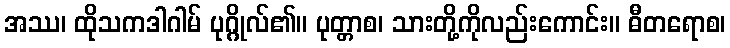
အဿ၊ ထိုသကဒါဂါမ် ပုဂ္ဂိုလ်၏။ ပုတ္တာစ၊ သားတို့ကိုလည်းကောင်း။ ဓီတရောစ၊